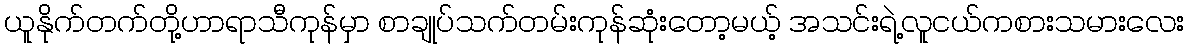
ယူနိုက်တက်တို့ဟာရာသီကုန်မှာ စာချုပ်သက်တမ်းကုန်ဆုံးတော့မယ့် အသင်းရဲ့လူငယ်ကစားသမားလေး